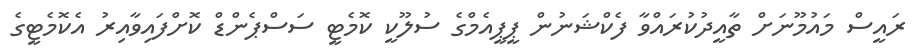
ރައީސް މައުމޫނަށް ތާއީދުކުރައްވާ ފެކްޝަނުން ޕީޕީއެމްގެ ސުލޫކީ ކޮމެޓީ ސަސްޕެންޑް ކޮށްފައިވާއިރު އެކޮމެޓީގެ